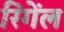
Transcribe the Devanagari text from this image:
रिंगेंल